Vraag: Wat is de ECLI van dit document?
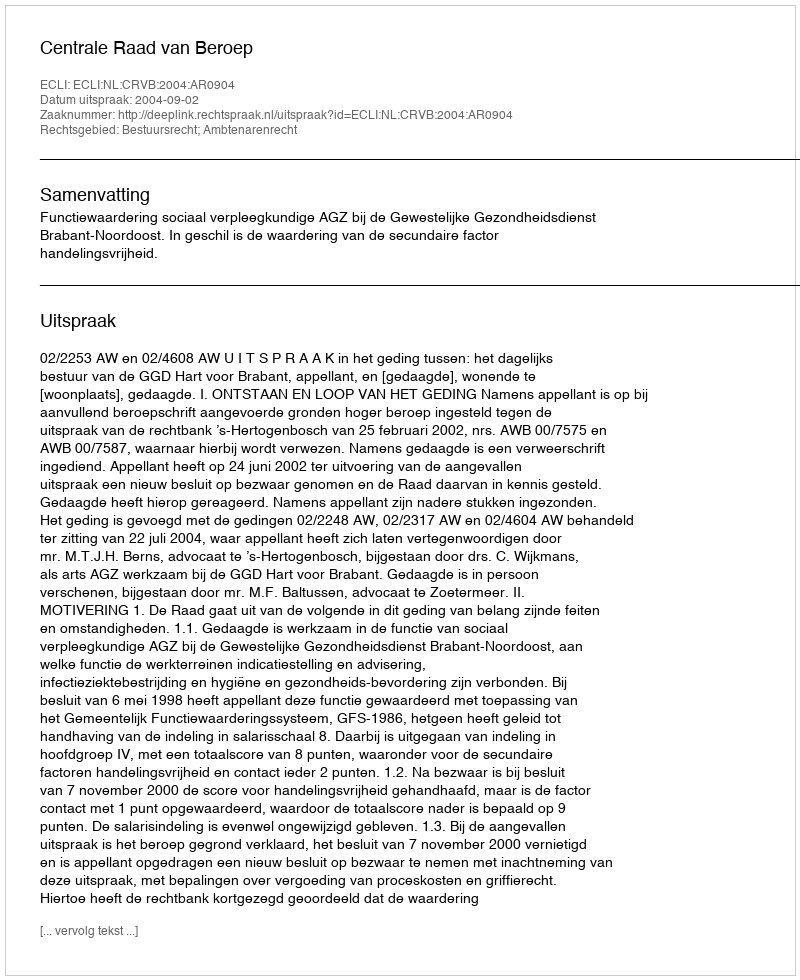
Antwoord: ECLI:NL:CRVB:2004:AR0904